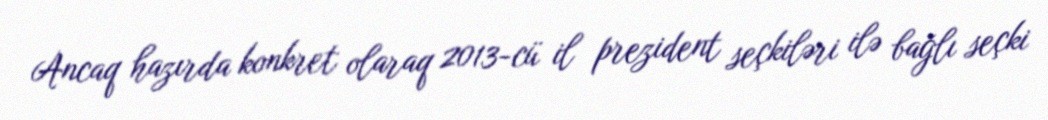
Ancaq hazırda konkret olaraq 2013-cü il prezident seçkiləri ilə bağlı seçki